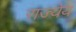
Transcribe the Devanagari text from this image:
राज्येय